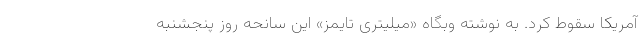
آمریکا سقوط کرد. به نوشته وبگاه «میلیتری تایمز» این سانحه روز پنجشنبه